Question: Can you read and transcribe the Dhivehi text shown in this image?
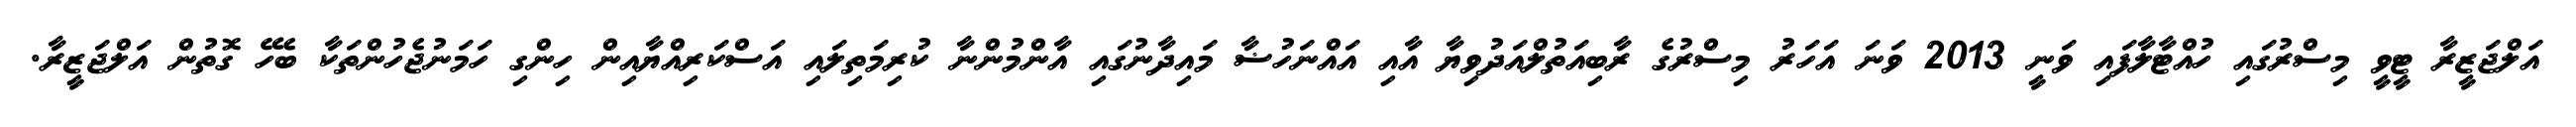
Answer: އަލްޖަޒީރާ ޓީވީ މިސްރުގައި ހުއްޓާލާފައި ވަނީ 2013 ވަނަ އަހަރު މިސްރުގެ ރާބިއަތުލްއަދުވިޔާ އާއި އައްނަހުޟާ މައިދާނުގައި އާންމުންނާ ކުރިމަތިލައި އަސްކަރިއްޔާއިން ހިންގި ހަމަނުޖެހުންތަކާ ބެހޭ ގޮތުން އަލްޖަޒީރާ.